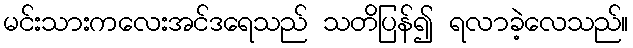
မင်းသားကလေးအင်ဒရေသည် သတိပြန်၍ ရလာခဲ့လေသည်။